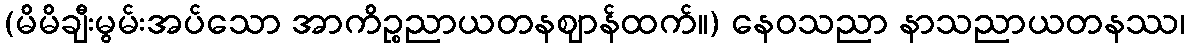
(မိမိချီးမွမ်းအပ်သော အာကိဉ္စညာယတနဈာန်ထက်။) နေဝသညာ နာသညာယတနဿ၊